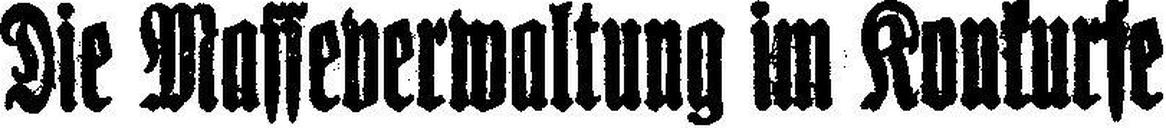
Die Masseverwaltung im Konkurse